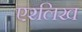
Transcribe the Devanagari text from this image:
एरलिख